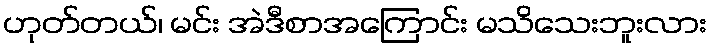
ဟုတ်တယ်၊ မင်း အဲဒီစာအကြောင်း မသိသေးဘူးလား